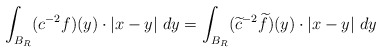
\begin{align*}\int_{B_R} (c^{-2}f)(y)\cdot |x-y|\ dy=\int_{B_R} (\widetilde{c}^{-2}\widetilde{f})(y)\cdot |x-y|\ dy\end{align*}